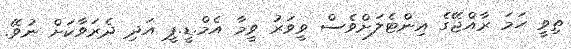
ތިވީ ހަމަ ރާއްޖޭގެ އިންޓެލަށްވެސް ވީވަރު ވީމާ އެމް.ޑީ.ޕީ އަދި ދެރަވާކަށް ނުވޭ.